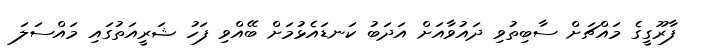
ފާރޫގީގެ މައްޗަށް ސާބިތުވި ދައުވާއަށް އަދަބު ކަނޑައެޅުމަށް ބޭއްވި ފަހު ޝަރީއަތުގައި މައްސަލަ